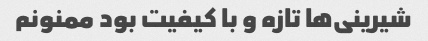
شیرینی‌ها تازه و با کیفیت بود ممنونم